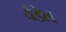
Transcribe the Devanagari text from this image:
यैंडेल